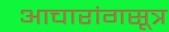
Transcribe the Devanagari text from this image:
आचारांगसूत्र